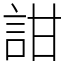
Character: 詌